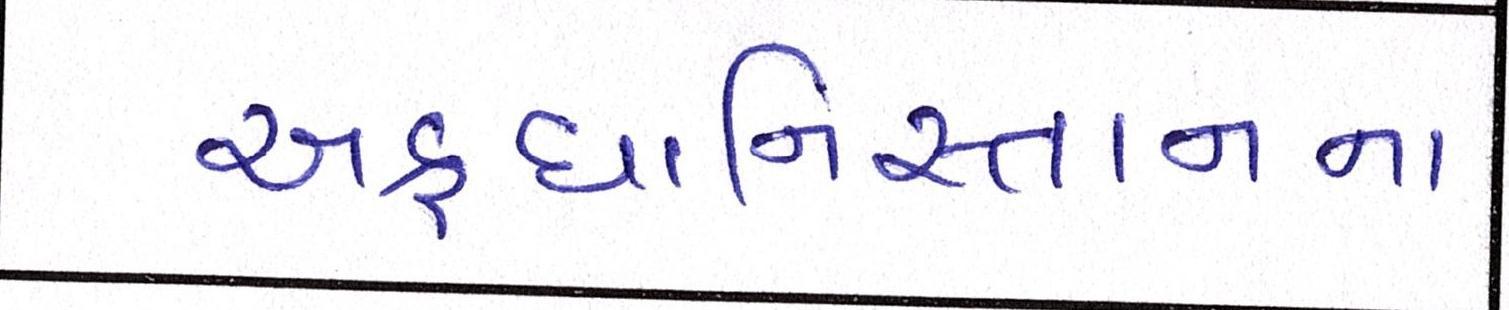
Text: અફઘાનિસ્તાનના